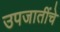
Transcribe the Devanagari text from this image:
उपजातींचे